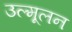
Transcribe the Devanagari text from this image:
उल्मूलन